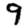
Digit: 9